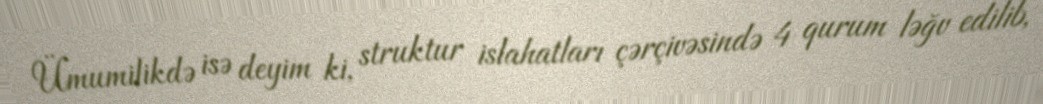
Ümumilikdə isə deyim ki, struktur islahatları çərçivəsində 4 qurum ləğv edilib,